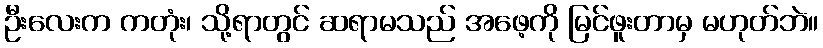
ဦးလေးက ကတုံး၊ သို့ရာတွင် ဆရာမသည် အဖေ့ကို မြင်ဖူးတာမှ မဟုတ်ဘဲ။